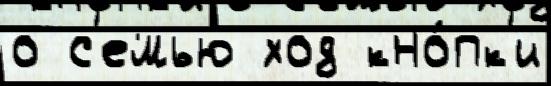
о с'емью ход кно́пк'и